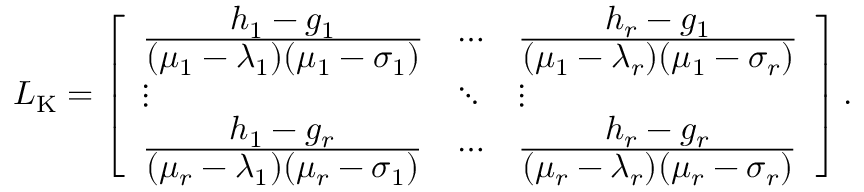
\ensuremath { \boldsymbol { L } } _ { \mathrm { K } } = \left[ \begin{array} { l l l } { \frac { \displaystyle h _ { 1 } - g _ { 1 } } { \displaystyle ( \mu _ { 1 } - \lambda _ { 1 } ) ( \mu _ { 1 } - \sigma _ { 1 } ) } } & { \cdots } & { \frac { \displaystyle h _ { r } - g _ { 1 } } { \displaystyle ( \mu _ { 1 } - \lambda _ { r } ) ( \mu _ { 1 } - \sigma _ { r } ) } } \\ { \vdots } & { \ddots } & { \vdots } \\ { \frac { \displaystyle h _ { 1 } - g _ { r } } { \displaystyle ( \mu _ { r } - \lambda _ { 1 } ) ( \mu _ { r } - \sigma _ { 1 } ) } } & { \cdots } & { \frac { \displaystyle h _ { r } - g _ { r } } { \displaystyle ( \mu _ { r } - \lambda _ { r } ) ( \mu _ { r } - \sigma _ { r } ) } } \end{array} \right] .